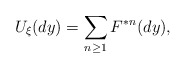
\begin{align*}U_\xi(dy)=\sum_{n\geq 1}F^{*n}(dy),\end{align*}